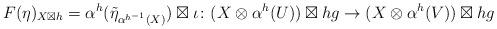
LaTeX: \begin{align*}F(\eta)_{X\boxtimes h}=\alpha^h(\tilde\eta_{\alpha^{h^{-1}}(X)})\boxtimes\iota\colon (X\otimes\alpha^h(U))\boxtimes h g \to (X\otimes\alpha^h(V))\boxtimes h g\end{align*}